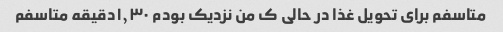
متاسفم برای تحویل غذا در حالی ‌ک من نزدیک بودم ۱٫۳۰دقیقه متاسفم